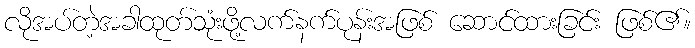
လိုအပ်တဲ့အခါထုတ်သုံးဖို့လက်နက်ပုန်းအဖြစ် ဆောင်ထားခြင်း ဖြစ်၏။